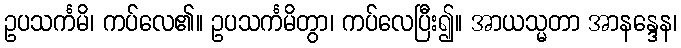
ဥပသင်္ကမိ၊ ကပ်လေ၏။ ဥပသင်္ကမိတွာ၊ ကပ်လေပြီး၍။ အာယသ္မတာ အာနန္ဒေန၊